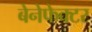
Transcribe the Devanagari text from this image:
बेनेफेक्टर